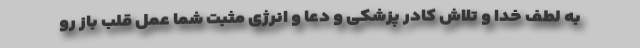
به لطف خدا و تلاش کادر پزشکی و دعا و انرژی مثبت شما عمل قلب باز رو